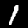
Label: 1